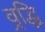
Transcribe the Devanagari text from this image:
व्रद्धि